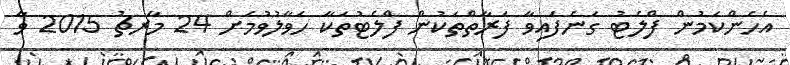
އެހެންކަމުން ފްލެޓު ގަނެފައިވާ ފަރާތްތަކުން ފްލެޓުތަކާ ހަވާލުވުމަށް 24 މާރޗު 2015 ވާ